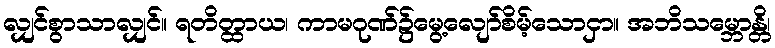
လျှင်စွာသာလျှင်။ ရတိတ္ထာယ၊ ကာမဂုဏ်၌မွေ့လျော်စိမ့်သောငှာ။ အဘိသမ္ဘောန္တိ၊